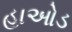
હાઓડ